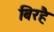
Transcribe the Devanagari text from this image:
बिरहै